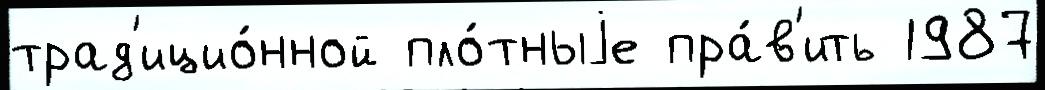
трад'ицио́нной пло́тныjе пра́в'ить 1987